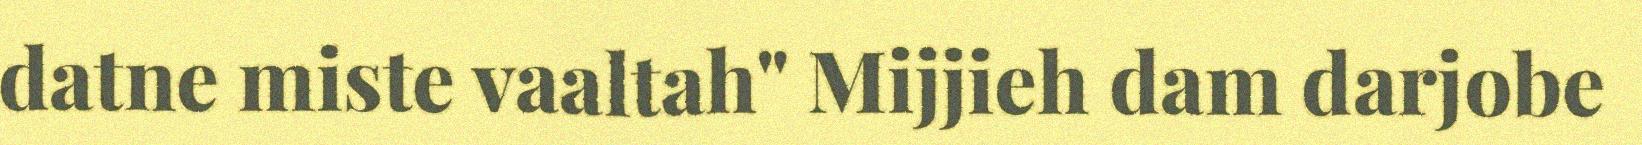
datne miste vaaltah" Mijjieh dam darjobe